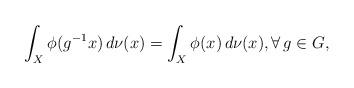
LaTeX: \begin{align*}\int_X \phi(g^{-1}x) \, d\nu(x) = \int_X \phi(x) \, d\nu(x), \forall \, g \in G,\end{align*}